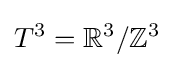
T^{3}=\mathbb {R} ^{3}/\mathbb {Z} ^{3}